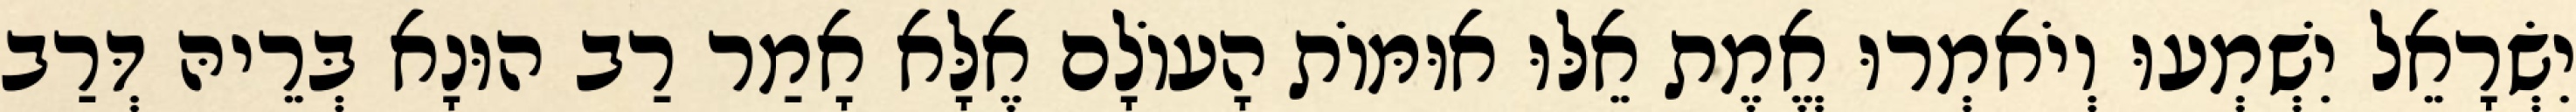
יִשְׂרָאֵל יִשְׁמְעוּ וְיֹאמְרוּ אֱמֶת אֵלּוּ אוּמּוֹת הָעוֹלָם אֶלָּא אָמַר רַב הוּנָא בְּרֵיהּ דְּרַב